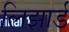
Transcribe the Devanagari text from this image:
लिझार्ड